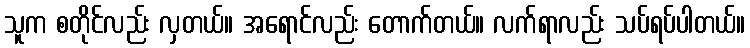
သူက စတိုင်လည်း လှတယ်။ အရောင်လည်း တောက်တယ်။ လက်ရာလည်း သပ်ရပ်ပါတယ်။